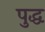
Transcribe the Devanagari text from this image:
पुद्ध